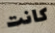
كانت